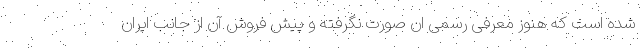
شده است که هنوز معرفی رسمی ان صورت نگرفته و پیش فروش آن از جانب ایران